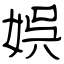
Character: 娯